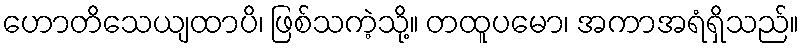
ဟောတိသေယျထာပိ၊ ဖြစ်သကဲ့သို့။ တထူပမော၊ အကာအရံရှိသည်။